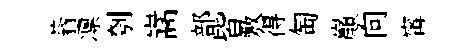
蓊凛刳嵩部皆敷得匋巔向𡩋